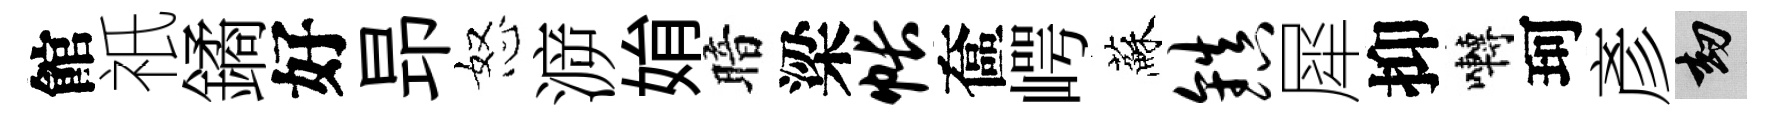
館祇鐍好昻怒㴑姢暗梁帐奩崿蘇镇犀抑囀珂彥劫